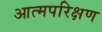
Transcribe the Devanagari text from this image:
आत्मपरिक्षण